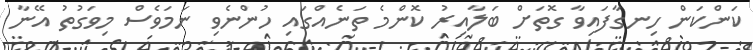
ކަންކަން ހިނގާފައިވާ ގޮތަށް ބަލާއިރު ކޮންމެ ތަނެއްގައި ހުންނެވި ނަމަވެސް މިވަގުތު އޭނާ